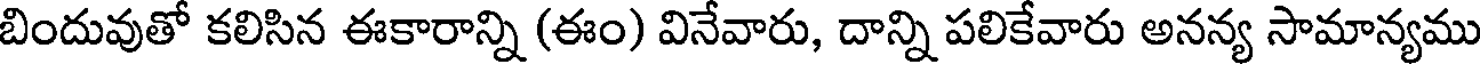
బిందువుతో కలిసిన ఈకారాన్ని (ఈం) వినేవారు, దాన్ని పలికేవారు అనన్య సామాన్యము